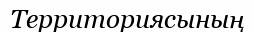
Территориясының